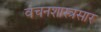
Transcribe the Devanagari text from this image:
वचनशास्त्रसार